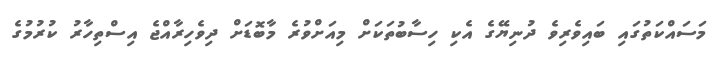
މަސައްކަތުގައި ބައިވެރިވެ ދުނިޔޭގެ އެކި ހިސާބުތަކަށް މިއަށްވުރެ މާބޮޑަށް ދިވެހިރާއްޖެ އިސްތިހާރު ކުރުމުގެ